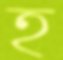
হ